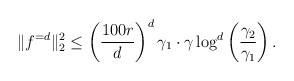
LaTeX: \begin{align*} \|f^{=d}\|_2^2\le \left(\frac{100 r}{d}\right)^d \gamma_1 \cdot \gamma\log^{d}\left(\frac{\gamma_2}{\gamma_1}\right). \end{align*}